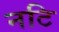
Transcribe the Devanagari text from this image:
नटि